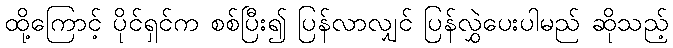
ထို့ကြောင့် ပိုင်ရှင်က စစ်ပြီး၍ ပြန်လာလျှင် ပြန်လွှဲပေးပါမည် ဆိုသည့်